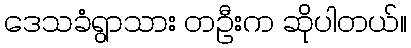
ဒေသခံရွာသား တဦးက ဆိုပါတယ်။